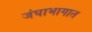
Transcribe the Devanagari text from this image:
जंघाभागात